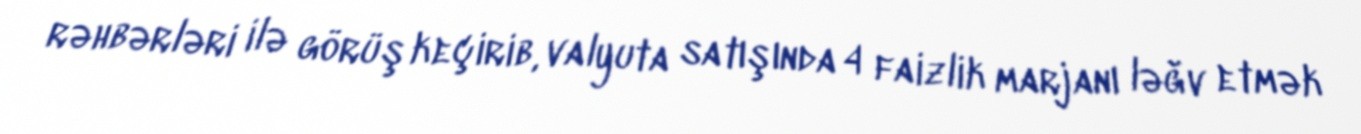
rəhbərləri ilə görüş keçirib, valyuta satışında 4 faizlik marjanı ləğv etmək